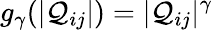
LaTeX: g_{\gamma}(|\mathcal{Q}_{ij}|)=|\mathcal{Q}_{ij}|^{\gamma}